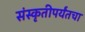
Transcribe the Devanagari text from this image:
संस्कृतीपर्यंतचा